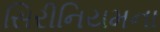
સિરીનિયમના